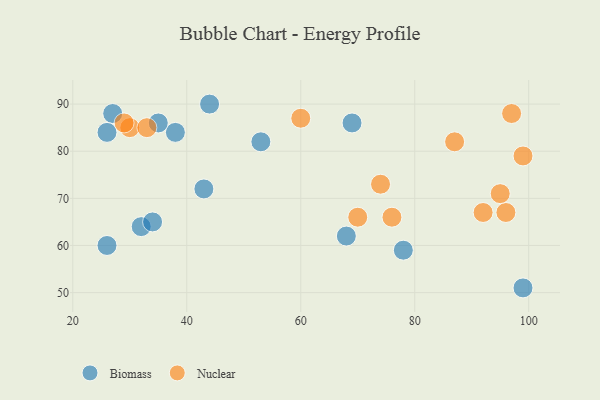
{"axis": {"x": "GDP", "y": "Life Expectancy"}, "legend": ["Biomass", "Nuclear"], "data": [{"x": "44", "y": 90, "type": "Biomass"}, {"x": "78", "y": 59, "type": "Biomass"}, {"x": "27", "y": 88, "type": "Biomass"}, {"x": "68", "y": 62, "type": "Biomass"}, {"x": "99", "y": 51, "type": "Biomass"}, {"x": "69", "y": 86, "type": "Biomass"}, {"x": "43", "y": 72, "type": "Biomass"}, {"x": "32", "y": 64, "type": "Biomass"}, {"x": "53", "y": 82, "type": "Biomass"}, {"x": "38", "y": 84, "type": "Biomass"}, {"x": "34", "y": 65, "type": "Biomass"}, {"x": "35", "y": 86, "type": "Biomass"}, {"x": "26", "y": 60, "type": "Biomass"}, {"x": "26", "y": 84, "type": "Biomass"}, {"x": "76", "y": 66, "type": "Nuclear"}, {"x": "96", "y": 67, "type": "Nuclear"}, {"x": "92", "y": 67, "type": "Nuclear"}, {"x": "95", "y": 71, "type": "Nuclear"}, {"x": "30", "y": 85, "type": "Nuclear"}, {"x": "70", "y": 66, "type": "Nuclear"}, {"x": "97", "y": 88, "type": "Nuclear"}, {"x": "74", "y": 73, "type": "Nuclear"}, {"x": "60", "y": 87, "type": "Nuclear"}, {"x": "33", "y": 85, "type": "Nuclear"}, {"x": "29", "y": 86, "type": "Nuclear"}, {"x": "99", "y": 79, "type": "Nuclear"}, {"x": "87", "y": 82, "type": "Nuclear"}]}